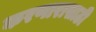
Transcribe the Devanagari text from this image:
करणारासाठी